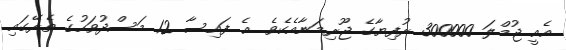
އެއީ ޖުމްލަ 300000 ރުފިޔާގެ ޖޫރިމަނާއެކެވެ. އެ ފައިސާ 12 މަސްދުވަހުގެ ތެރޭގައި